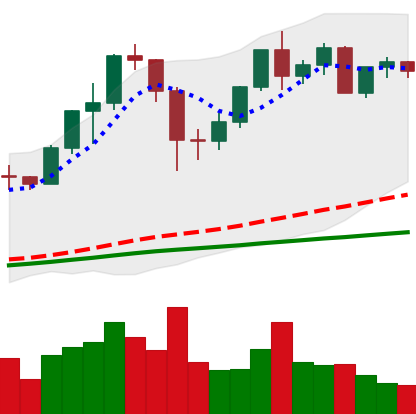
Ticker: ETH-USD
Chart end date: 2020-12-07
Forward return: -3.933%
Label: down_3_5